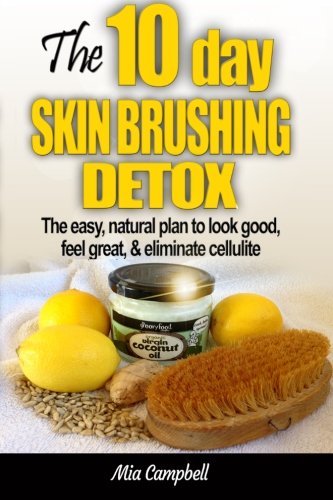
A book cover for The 10-Day Skin Brushing Detox: The Easy, Natural Plan to Look Great, Feel Amazing, & Eliminate Cellulite; Mia Campbell; Health, Fitness & Dieting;